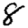
Digit: 8